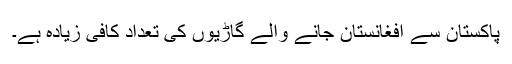
پاکستان سے افغانستان جانے والے گاڑیوں کی تعداد کافی زیادہ ہے۔